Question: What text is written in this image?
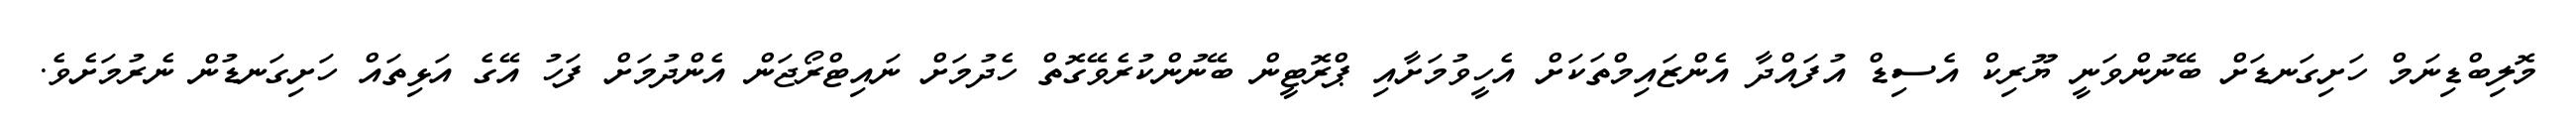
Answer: މޮލިބްޑިނަމް ހަށިގަނޑަށް ބޭނުންވަނީ ޔޫރިކް އެސިޑް އުފައްދާ އެންޒައިމްތަކަށް އެހީވުމަށާއި ޕްރޮޓީން ބޭނުންކުރެވޭގޮތް ހެދުމަށް ނައިޓްރޯޖަން އެންދުމަށް ފަހު އޭގެ އަޅިތައް ހަށިގަނޑުން ނެރުމަށެވެ.